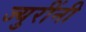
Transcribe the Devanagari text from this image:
ज्युरींनी